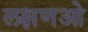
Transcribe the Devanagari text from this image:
लक्षणओ